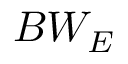
B W _ { E }